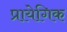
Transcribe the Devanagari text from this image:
प्रायेगिक